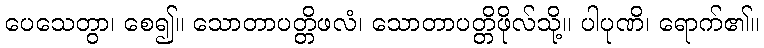
ပေသေတွာ၊ စေ၍။ သောတာပတ္တိဖလံ၊ သောတာပတ္တိဖိုလ်သို့။ ပါပုဏိ၊ ရောက်၏။